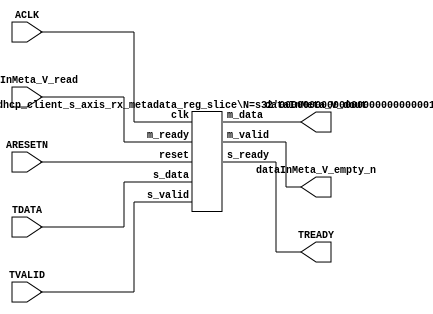
// This program was cloned from: https://github.com/mustafabbas/ECE1373_2016_hft_on_fpga
// License: MIT License

// ==============================================================
// File generated by Vivado(TM) HLS - High-Level Synthesis from C, C++ and SystemC
// Version: 2015.1
// Copyright (C) 2015 Xilinx Inc. All rights reserved.
// 
// ==============================================================


`timescale 1ns/1ps

module dhcp_client_s_axis_rx_metadata_if (
    // AXI4-Stream singals
    input  wire        ACLK,
    input  wire        ARESETN,
    input  wire        TVALID,
    output wire        TREADY,
    input  wire [95:0] TDATA,
    // User signals
    output wire [95:0] dataInMeta_V_dout,
    output wire        dataInMeta_V_empty_n,
    input  wire        dataInMeta_V_read
);
//------------------------Local signal-------------------
// register slice
wire [0:0]  s_valid;
wire [0:0]  s_ready;
wire [95:0] s_data;
wire [0:0]  m_valid;
wire [0:0]  m_ready;
wire [95:0] m_data;

//------------------------Instantiation------------------
// rs
dhcp_client_s_axis_rx_metadata_reg_slice #(
    .N       ( 96 )
) rs (
    .clk     ( ACLK ),
    .reset   ( ARESETN ),
    .s_data  ( s_data ),
    .s_valid ( s_valid ),
    .s_ready ( s_ready ),
    .m_data  ( m_data ),
    .m_valid ( m_valid ),
    .m_ready ( m_ready )
);

//------------------------Body---------------------------
// AXI4-Stream
assign TREADY               = s_ready;
// Register Slice
assign s_valid              = TVALID;
assign m_ready              = dataInMeta_V_read;
assign s_data[95:0]         = TDATA[95:0];
// User Signal
assign dataInMeta_V_empty_n = m_valid;
assign dataInMeta_V_dout    = m_data;

endmodule



`timescale 1ns/1ps

module dhcp_client_s_axis_rx_metadata_reg_slice
#(parameter
    N = 8   // data width
) (
    // system signals
    input  wire         clk,
    input  wire         reset,
    // slave side
    input  wire [N-1:0] s_data,
    input  wire         s_valid,
    output wire         s_ready,
    // master side
    output wire [N-1:0] m_data,
    output wire         m_valid,
    input  wire         m_ready
);
//------------------------Parameter----------------------
// state
localparam [1:0]
    ZERO = 2'b10,
    ONE  = 2'b11,
    TWO  = 2'b01;
//------------------------Local signal-------------------
reg  [N-1:0] data_p1;
reg  [N-1:0] data_p2;
wire         load_p1;
wire         load_p2;
wire         load_p1_from_p2;
reg          s_ready_t;
reg  [1:0]   state;
reg  [1:0]   next;
//------------------------Body---------------------------
assign s_ready = s_ready_t;
assign m_data  = data_p1;
assign m_valid = state[0];

assign load_p1 = (state == ZERO && s_valid) ||
                 (state == ONE && s_valid && m_ready) ||
                 (state == TWO && m_ready);
assign load_p2 = s_valid & s_ready;
assign load_p1_from_p2 = (state == TWO);

// data_p1
always @(posedge clk) begin
    if (load_p1) begin
        if (load_p1_from_p2)
            data_p1 <= data_p2;
        else
            data_p1 <= s_data;
    end
end

// data_p2
always @(posedge clk) begin
    if (load_p2) data_p2 <= s_data;
end

// s_ready_t
always @(posedge clk) begin
    if (~reset)
        s_ready_t <= 1'b0;
    else if (state == ZERO)
        s_ready_t <= 1'b1;
    else if (state == ONE && next == TWO)
        s_ready_t <= 1'b0;
    else if (state == TWO && next == ONE)
        s_ready_t <= 1'b1;
end

// state
always @(posedge clk) begin
    if (~reset)
        state <= ZERO;
    else
        state <= next;
end

// next
always @(*) begin
    case (state)
        ZERO:
            if (s_valid & s_ready)
                next = ONE;
            else
                next = ZERO;
        ONE:
            if (~s_valid & m_ready)
                next = ZERO;
            else if (s_valid & ~m_ready)
                next = TWO;
            else
                next = ONE;
        TWO:
            if (m_ready)
                next = ONE;
            else
                next = TWO;
        default:
            next = ZERO;
    endcase
end

endmodule